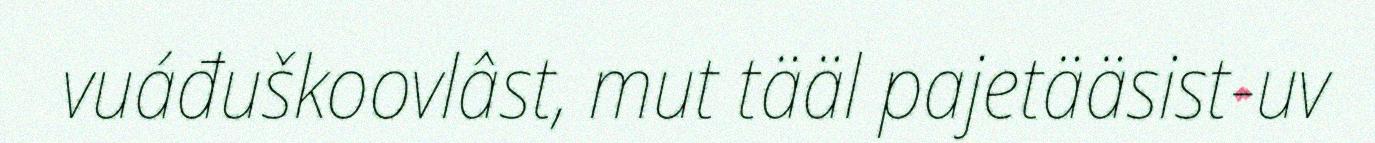
vuáđuškoovlâst, mut tääl pajetääsist-uv